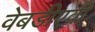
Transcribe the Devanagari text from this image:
वेबडीएवी